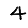
Digit: 4